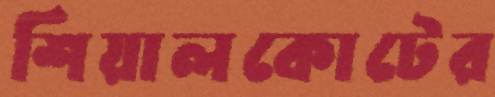
শিয়ালকোটের